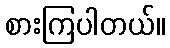
စားကြပါတယ်။